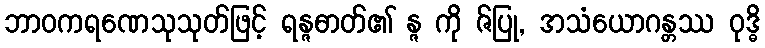
ဘာဝကရဏေသုသုတ်ဖြင့် ရန္ဇဓာတ်၏ န္ဇ ကို ဇ်ပြု, အသံယောဂန္တဿ ဝုဒ္ဓိ